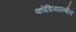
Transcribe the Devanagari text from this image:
कोडियाल्बैल